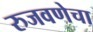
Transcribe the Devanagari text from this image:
रुजवणेचा